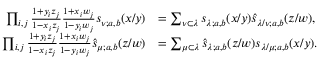
\begin{array} { r l } { \prod _ { i , j } \frac { 1 + y _ { i } z _ { j } } { 1 - x _ { i } z _ { j } } \frac { 1 + x _ { i } w _ { j } } { 1 - y _ { i } w _ { j } } s _ { \nu ; a , b } ( x / y ) } & { = \sum _ { \nu \subset \lambda } s _ { \lambda ; a , b } ( x / y ) \widehat { s } _ { \lambda / \nu ; a , b } ( z / w ) , } \\ { \prod _ { i , j } \frac { 1 + y _ { i } z _ { j } } { 1 - x _ { i } z _ { j } } \frac { 1 + x _ { i } w _ { j } } { 1 - y _ { i } w _ { j } } \widehat { s } _ { \mu ; a , b } ( z / w ) } & { = \sum _ { \mu \subset \lambda } \widehat { s } _ { \lambda ; a , b } ( z / w ) s _ { \lambda / \mu ; a , b } ( x / y ) . } \end{array}